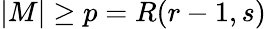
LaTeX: |M|\geq p=R(r-1,s)